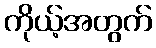
ကိုယ့်အတွက်